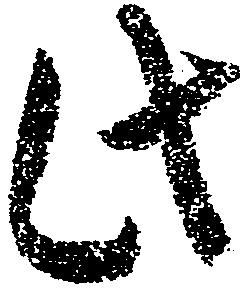
此